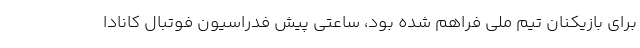
برای بازیکنان تیم ملی فراهم شده بود، ساعتی پیش فدراسیون فوتبال کانادا